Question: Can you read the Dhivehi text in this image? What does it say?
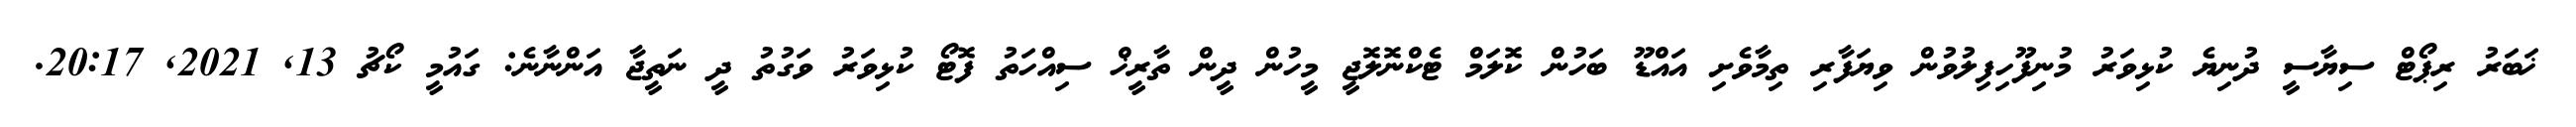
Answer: ޚަބަރު ރިޕޯޓް ސިޔާސީ ދުނިޔެ ކުޅިވަރު މުނިފޫހިފިލުވުން ވިޔަފާރި ތިމާވެށި އައްޑޫ ބަހުން ކޮލަމް ޓެކްނޮލޮޖީ މީހުން ދީން ތާރީޚް ސިއްހަތު ފޮޓޯ ކުޅިވަރު ވަގުތު ދީ ނަތީޖާ އަންނާނެ: ގައުމީ ކޯޗު 13, 2021, 20:17.